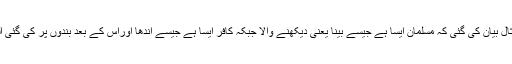
(6)…مسلمان اور کافر کی ایک مثال بیان کی گئی کہ مسلمان ایسا ہے جیسے بینا یعنی دیکھنے والا جبکہ کافر ایسا ہے جیسے اندھا اوراس کے بعد بندوں پر کی گئی اللہ تعالیٰ کی نعمتیں بیان کی گئیں ۔